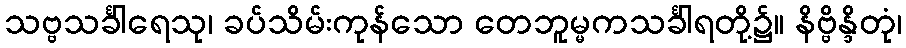
သဗ္ဗသင်္ခါရေသု၊ ခပ်သိမ်းကုန်သော တေဘူမ္မကသင်္ခါရတို့၌။ နိဗ္ဗိန္ဒိတုံ၊